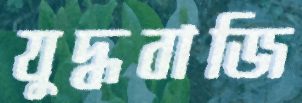
যুদ্ধবাজি